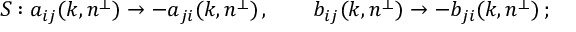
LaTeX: S : a _ { i j } ( k , n ^ { \perp } ) \rightarrow - a _ { j i } ( k , n ^ { \perp } ) \, , \qquad b _ { i j } ( k , n ^ { \perp } ) \rightarrow - b _ { j i } ( k , n ^ { \perp } ) \, ;